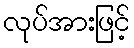
လုပ်အားဖြင့်